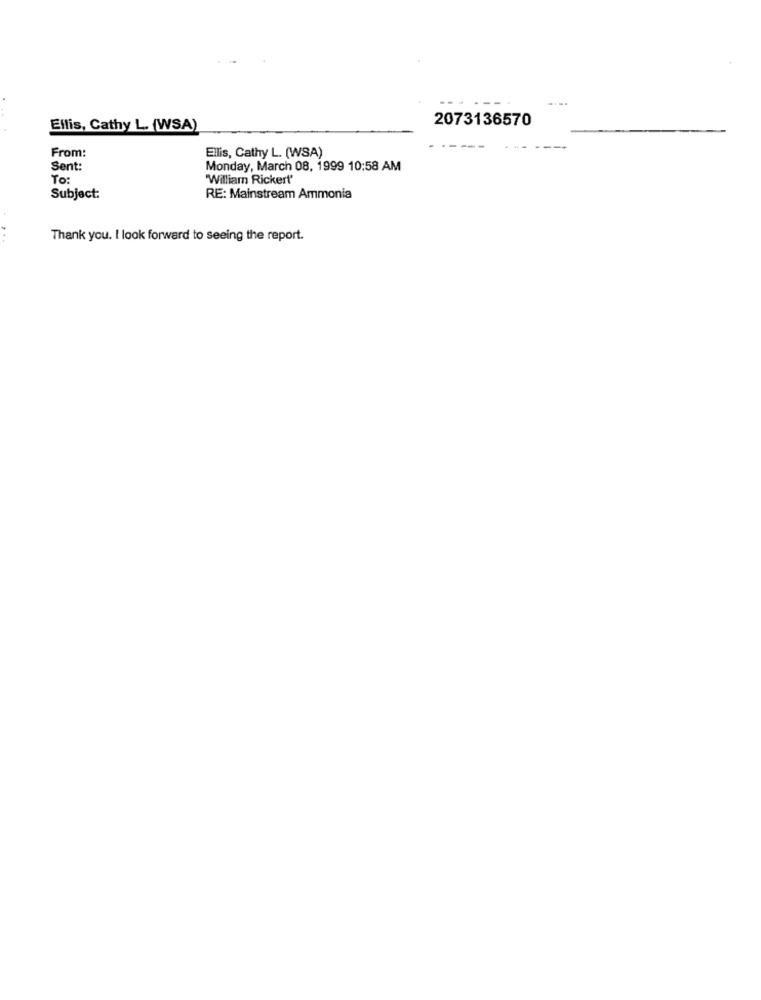
.-.
2073136570
Ellis, Cathy L. (WSA)
From :
Ellis, Cathy L. (WSA)
Sent:
Monday, March 08, 1999 10:58 AM
To
William Rickert'
Subject:
RE: Mainstream Ammonia
Thank you. I look forward to seeing the report.